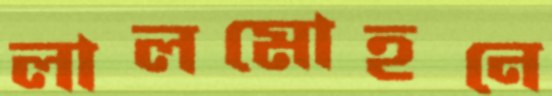
লালমোহনে